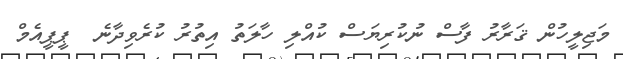
މަޖިލީހުން ޤަރާރު ފާސް ނުކުރިޔަސް ކުއްލި ހާލަތު އިތުރު ކުރެވިދާނެ  ޕީޕީއެމް